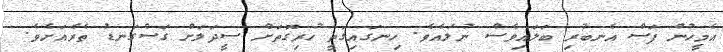
އެމީހުން ފަސް އެނބުރި ބަލައިވެސް ނުލައެވެ. ހިނގައިގަތީ ހުރިގޮތަށް ސީދަލަށް ގަސްގަނޑު ތެރެއަށެވެ.